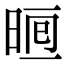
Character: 𣇥